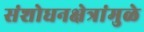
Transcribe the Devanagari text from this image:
संशोधनक्षेत्रांमुळे